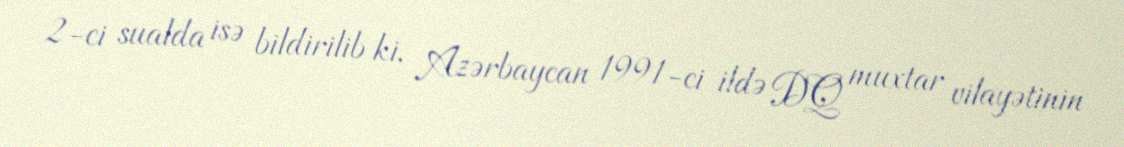
2-ci sualda isə bildirilib ki, Azərbaycan 1991-ci ildə DQ muxtar vilayətinin